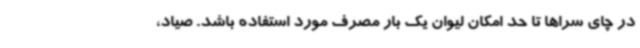
در چای سراها تا حد امکان لیوان یک بار مصرف مورد استفاده باشد. صیاد،